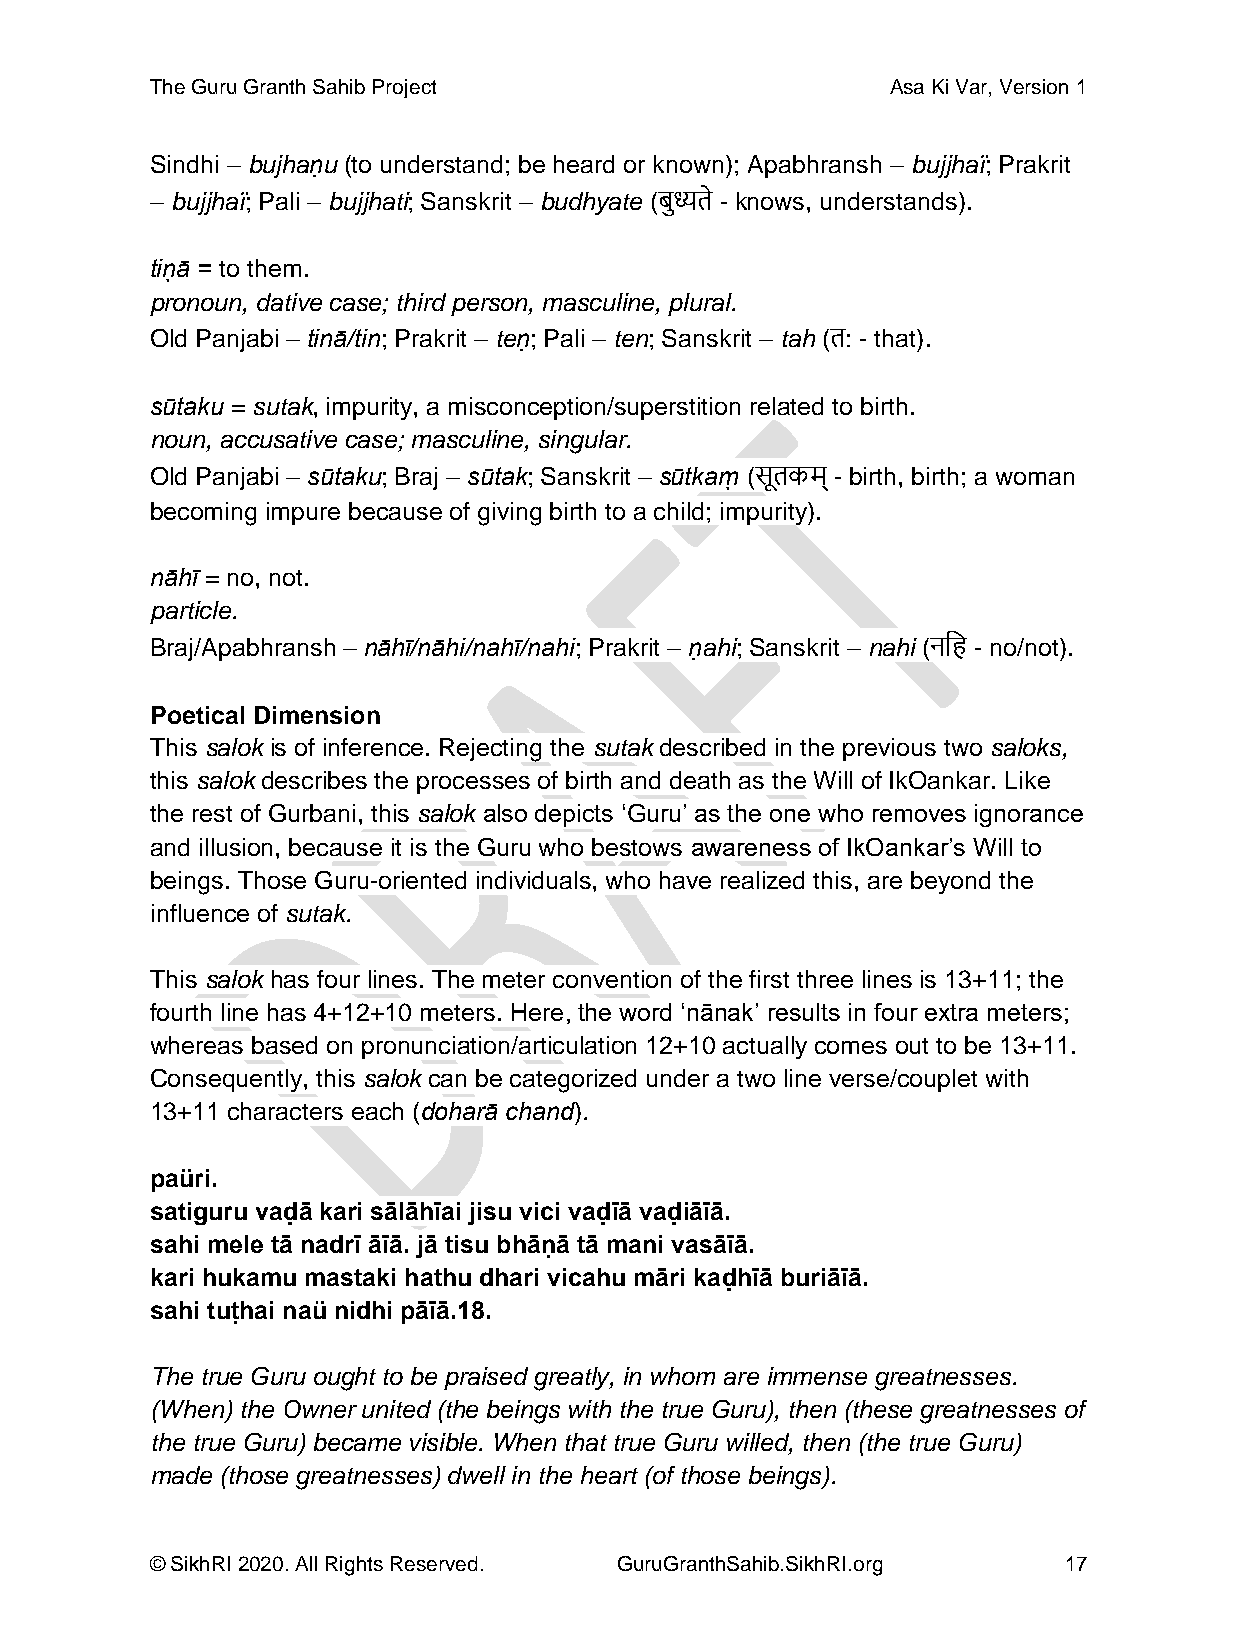
The Guru Granth Sahib Project                    Asa Ki Var, Version 1
 Sindhi – bujhaṇu (to understand; be heard or known); Apabhransh – bujjhaï; Prakrit
 – bujjhaï; Pali – bujjhati; Sanskrit – budhyate (बुध्यते - knows, understands).
 tin̖ ā = to them.
 pronoun, dative case; third person, masculine, plural.
 Old Panjabi – tinā/tin; Prakrit – teṇ; Pali – ten; Sanskrit – tah (त: - that).
 sūtaku = sutak, impurity, a misconception/superstition related to birth.
 noun, accusative case; masculine, singular.
 Old Panjabi – sūtaku; Braj – sūtak; Sanskrit – sūtkam̖ (सूतकम् - birth, birth; a woman
 becoming impure because of giving birth to a child; impurity).
 nāhī = no, not.
 particle.
 Braj/Apabhransh – nāhī/nāhi/nahī/nahi; Prakrit – ṇahi; Sanskrit – nahi (नदह - no/not).
 Poetical Dimension
 This salok is of inference. Rejecting the sutak described in the previous two saloks,
 this salok describes the processes of birth and death as the Will of IkOankar. Like
 the rest of Gurbani, this salok also depicts ‘Guru’ as the one who removes ignorance
 and illusion, because it is the Guru who bestows awareness of IkOankar’s Will to
 beings. Those Guru-oriented individuals, who have realized this, are beyond the
 influence of sutak.
 This salok has four lines. The meter convention of the first three lines is 13+11; the
 fourth line has 4+12+10 meters. Here, the word ‘nānak’ results in four extra meters;
 whereas based on pronunciation/articulation 12+10 actually comes out to be 13+11.
 Consequently, this salok can be categorized under a two line verse/couplet with
 13+11 characters each (doharā chand).
 paüri.
 satiguru vaḍā kari sālāhīai jisu vici vaḍīā vaḍiāīā.
 sahi mele tā nadrī āīā. jā tisu bhāṇā tā mani vasāīā.
 kari hukamu mastaki hathu dhari vicahu māri kaḍhīā buriāīā.
 sahi tuṭhai naü nidhi pāīā.18.
 The true Guru ought to be praised greatly, in whom are immense greatnesses.
 (When) the Owner united (the beings with the true Guru), then (these greatnesses of
 the true Guru) became visible. When that true Guru willed, then (the true Guru)
 made (those greatnesses) dwell in the heart (of those beings).
 © SikhRI 2020. All Rights Reserved. GuruGranthSahib.SikhRI.org 17